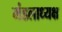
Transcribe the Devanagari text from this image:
मंडलाध्यक्ष